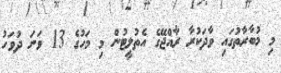
މި މުބާރާތުގައި ވާދަކުރާ ރާއްޖޭގެ އެތުލީޓުން މި މަހުގެ 13 ވަނަ ދުވަހު